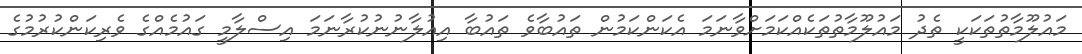
މައުލޫމާތުތަކަކީ ތެދު މައުލޫމާތުތަކެއްކަމަށްވާނަމަ އެކަންކަމުން ތައުބާވެ ތައުބާ އިއުލާނުނުކުރާނަމަ އިސްލާމީ ގައުމެއްގެ ވެރިކަންކުރުމުގެ